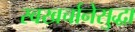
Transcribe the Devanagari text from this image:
स्वखर्चानेसुद्धा